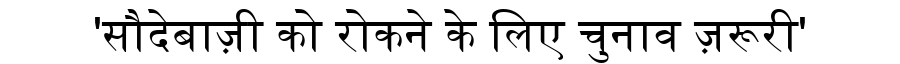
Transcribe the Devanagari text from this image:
'सौदेबाज़ी को रोकने के लिए चुनाव ज़रूरी'